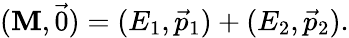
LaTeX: (\mathbf{M},{\vec{{0}}})=(E_{1},{\vec{{p}}}_{1})+(E_{2},{\vec{{p}}}_{2}).